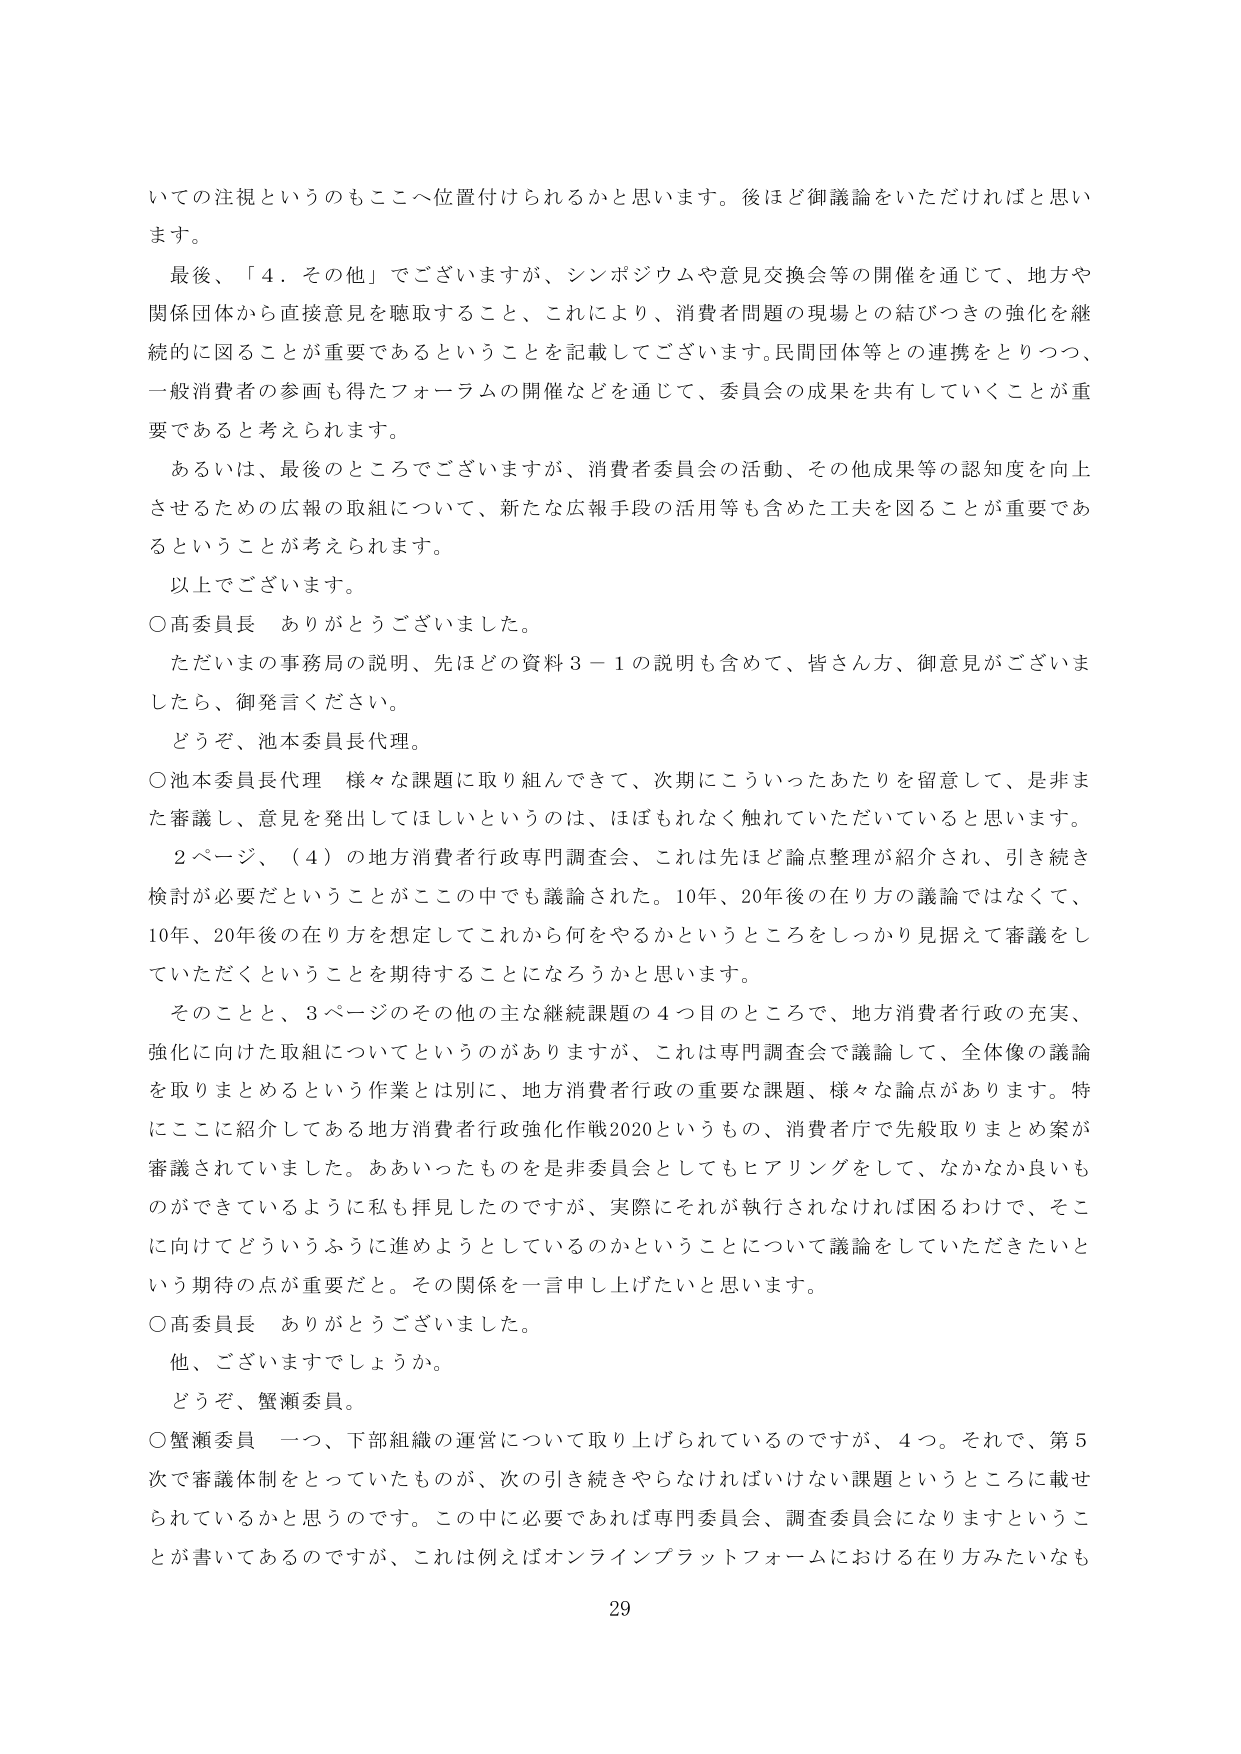
いての注視というのもここへ位置付けられるかと思います。後ほど御議論をいただければと思います。

最後、「４．その他」でございますが、シンポジウムや意見交換会等の開催を通じて、地方や関係団体から直接意見を聴取すること、これにより、消費者問題の現場との結びつきの強化を継続的に図ることが重要であるということを記載してございます。民間団体等との連携をとりつつ、一般消費者の参画も得たフォーラムの開催などを通じて、委員会の成果を共有していくことが重要であると考えられます。

あるいは、最後のところでございますが、消費者委員会の活動、その他成果等の認知度を向上させるための広報の取組について、新たな広報手段の活用等も含めた工夫を図ることが重要であるということが考えられます。

以上でございます。

○高委員長　ありがとうございました。

ただいまの事務局の説明、先ほどの資料３－１の説明も含めて、皆さん方、御意見がございましたら、御発言ください。

どうぞ、池本委員長代理。

○池本委員長代理　様々な課題に取り組んできて、次期にこういったあたりを留意して、是非また審議し、意見を発出してほしいというのは、ほぼもれなく触れていただいていると思います。

２ページ、（４）の地方消費者行政専門調査会、これは先ほど論点整理が紹介され、引き続き検討が必要だということがこの中でも議論された。10年、20年後の在り方の議論ではなくて、10年、20年後の在り方を想定してこれから何をやるかというところをしっかり見据えて審議をしていただくということを期待することになろうかと思います。

そのことと、３ページのその他の主な継続課題の４つ目のところで、地方消費者行政の充実、強化に向けた取組についてというのがありますが、これは専門調査会で議論して、全体像の議論を取りまとめるという作業とは別に、地方消費者行政の重要な課題、様々な論点があります。特にここに紹介してある地方消費者行政強化作戦2020というものの、消費者庁で先般取りまとめ案が審議されていました。ああいったものを非委員会としてもヒアリングをして、なかなか良いものができているように私も拝見したのですが、実際にそれが執行されなければ困るわけで、そこに向けてどういうふうに進めようとしているのかということについて議論をしていただきたいという期待の点が重要だと。その関係を一言申し上げたいと思います。

○高委員長　ありがとうございました。

他、ございますでしょうか。

どうぞ、蟹瀬委員。

○蟹瀬委員　一つ、下部組織の運営について取り上げられているのですが、４つ。それで、第５次で審議体制をとっていたものが、次の引き続きやらなければならない課題というところに載せられているかと思うのです。この中に必要であれば専門委員会、調査委員会になりますということが書いてあるのですが、これは例えばオンラインプラットフォームにおける在り方みたいなも

29